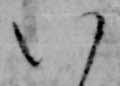
八